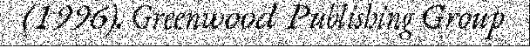
(1996). Greenwood Publishing Group